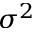
\sigma ^ { 2 }